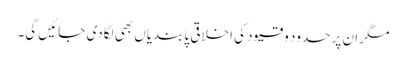
مگر ان پر حدود و قیود کی اخلاقی پابندیاں بھی لگادی جائیں گی۔